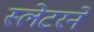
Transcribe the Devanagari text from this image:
स्लेटरने